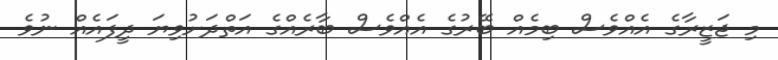
މި ޖަޒީރާގެ އެއްވެސް ބިމެއް ބޭރުގެ އެއްވެސް ބާރެއްގެ އަތްދަށުވިޔަ ދީފައެއް ނުވެ